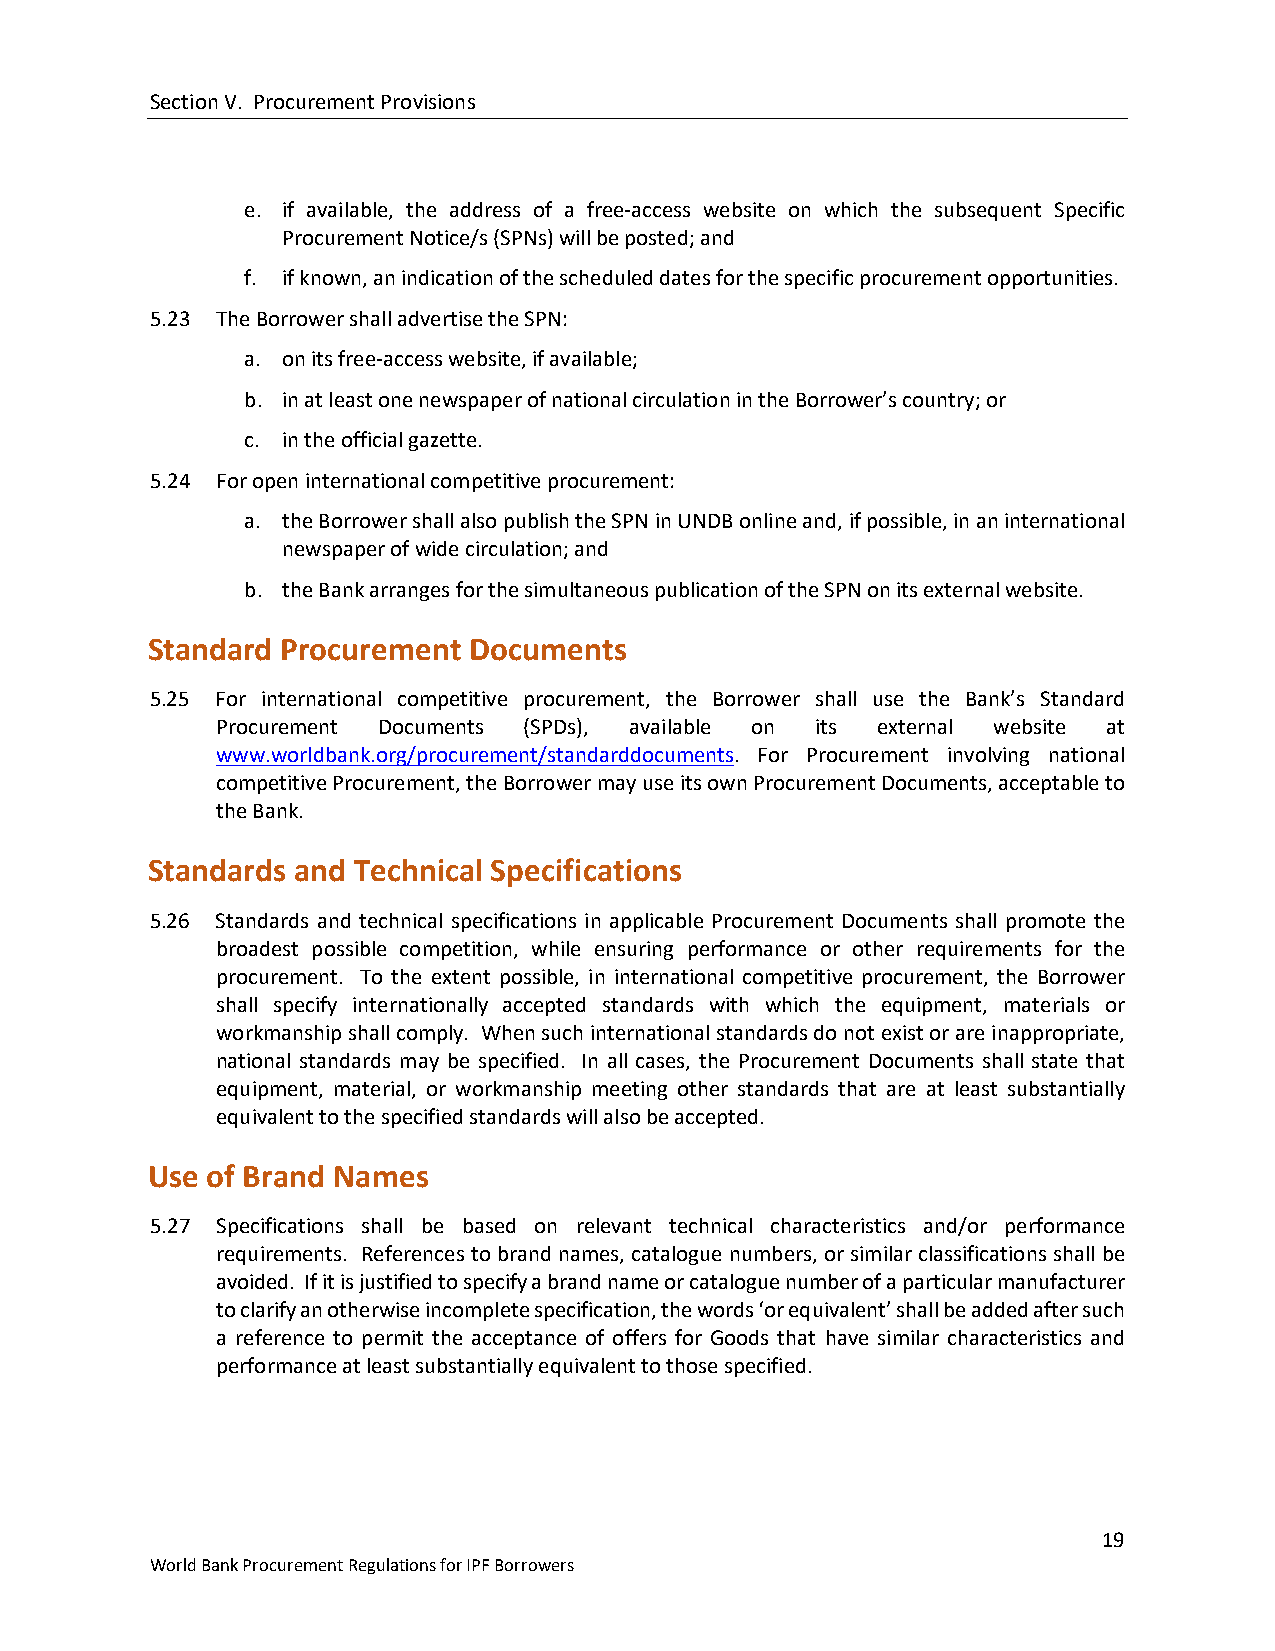
Section V. Procurement Provisions
 e. if available, the address of a free-access website on which the subsequent Specific
 Procurement Notice/s (SPNs) will be posted; and
 f. if known, an indication of the scheduled dates for the specific procurement opportunities.
 5.23 The Borrower shall advertise the SPN:
 a. on its free-access website, if available;
 b. in at least one newspaper of national circulation in the Borrower’s country; or
 c. in the official gazette.
 5.24 For open international competitive procurement:
 a. the Borrower shall also publish the SPN in UNDB online and, if possible, in an international
 newspaper of wide circulation; and
 b. the Bank arranges for the simultaneous publication of the SPN on its external website.
 Standard Procurement Documents
 5.25 For international competitive procurement, the Borrower shall use the Bank’s Standard
 Procurement Documents (SPDs), available on its external website at
 www.worldbank.org/procurement/standarddocuments. For Procurement involving national
 competitive Procurement, the Borrower may use its own Procurement Documents, acceptable to
 the Bank.
 Standards and Technical Specifications
 5.26 Standards and technical specifications in applicable Procurement Documents shall promote the
 broadest possible competition, while ensuring performance or other requirements for the
 procurement. To the extent possible, in international competitive procurement, the Borrower
 shall specify internationally accepted standards with which the equipment, materials or
 workmanship shall comply. When such international standards do not exist or are inappropriate,
 national standards may be specified. In all cases, the Procurement Documents shall state that
 equipment, material, or workmanship meeting other standards that are at least substantially
 equivalent to the specified standards will also be accepted.
 Use of Brand Names
 5.27 Specifications shall be based on relevant technical characteristics and/or performance
 requirements. References to brand names, catalogue numbers, or similar classifications shall be
 avoided. If it is justified to specify a brand name or catalogue number of a particular manufacturer
 to clarify an otherwise incomplete specification, the words ‘or equivalent’ shall be added after such
 a reference to permit the acceptance of offers for Goods that have similar characteristics and
 performance at least substantially equivalent to those specified.
 19
 World Bank Procurement Regulations for IPF Borrowers